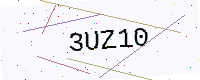
Text: 3UZ10